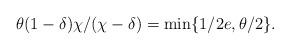
LaTeX: \begin{align*}\theta (1-\delta) \chi/(\chi - \delta) = \min\{ 1/2e, \theta/2 \}.\end{align*}